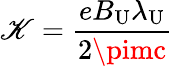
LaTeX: \mathscr{K}=\frac{{eB_{\mathrm{{U}}}\lambda_{\mathrm{{U}}}}}{{2\pimc}}